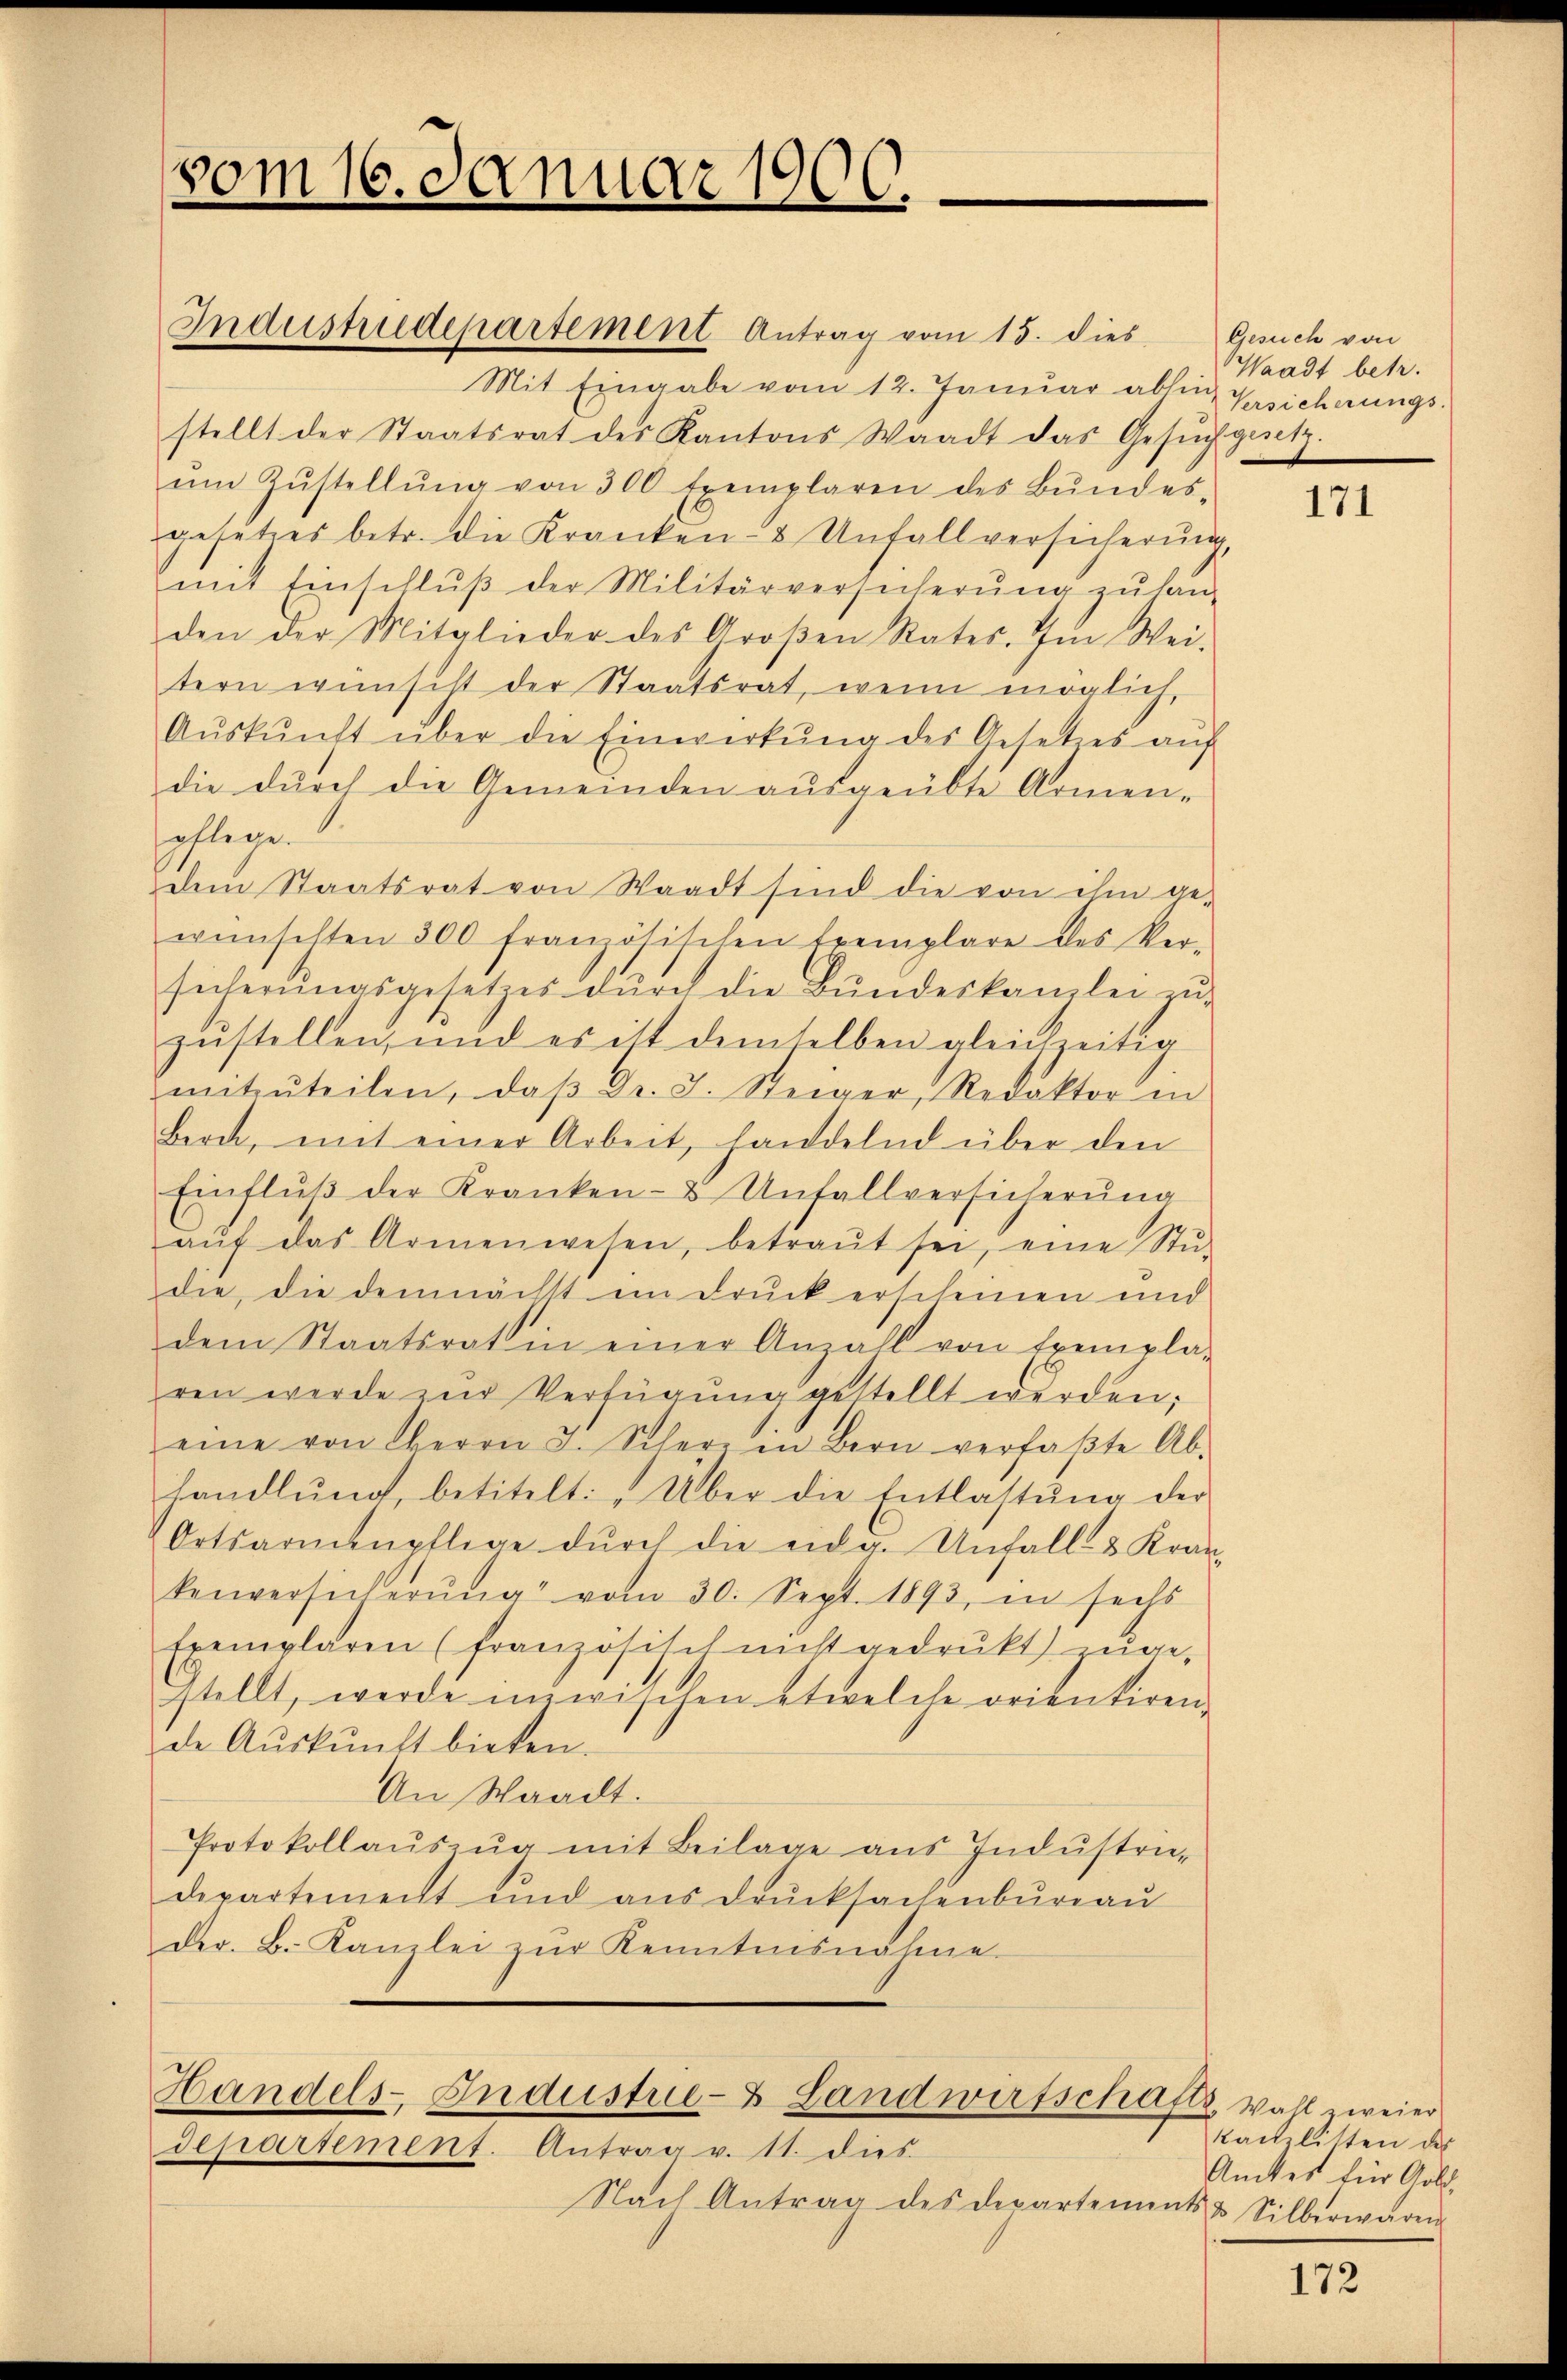
vom 16. Januar 1900.

Handels-Industrie- & Landwirtschafts, wahl zweier

departement. Antrag v. 11. dies
Nach Antrag des Departemen

Industriedepartement Antrag vom 15. dies
Mit Eingabe vom 12. Janŭar ablen Versicherungs-
stellt der Staatsrat des Kantons Waadt das Gesŭch gesetz.
ŭm Zŭstellŭng von 300 Exemplaren des Bŭndes-
gesetzes betr. die Kranken- & Unfallversicherŭng,
mit Einschlŭβ der Militärversicherŭng zŭ han-
den der Mitglieder des Groβen Rates. Im Wei-
tern wünscht der Staatsrat, wenn möglich,
Aŭskŭnft über die Einwerkŭng des Gesetzes aŭf
die durch die Gemeinden ausgeübte Armen-
pflege.
dem Staatsrat von Waadt sind die von ihm ge-
wünschten 300 französischen Eremplare des Ver-
sicherŭngsgesetzes dŭrch die Bŭndeskanzlei zŭ-
zŭstellen, und es ist demselben gleichzeitig
mitzŭteilen, daβ Dr. J. Steiger, Redaktor in
Bern, mit einer Arbeit, handelnd über den
Einflŭβ der Kranken- & Unfallversicherŭng
aŭf das Armenwesen, betraŭt sei, eine Stŭ-
die, die demnächst in Druck erscheinen und
dem Staatsrat in einer Anzahl von Exempla-
ren werde zur Verfügung gestellt werden.
eine von Herrn J. Schere in Bern verfaβte Ab-
handlŭng, betitelt: „Über die Entlastŭng der
Ortsarmenpflege dŭrch die eidg. Unfall & Kranz
kenversicherŭng vom 30. Sept. 1893, in sechs
Exemplaren (französisch nicht gedrukt zuge-
stellt, werde inzwischen etwelche orientiren,
de Auskunft bieten.
An Waadt.
Protokollaŭszŭg mit Beilage ans Indŭstrie-
departement und aŭsdrŭcksachenbŭrgaŭ
der. B. Kanzlei zŭr Kenntnisnahme

Gesuch von
Waadt betr.

171

kactlitten des
Amtes für Gold-
N & Silberwaren

172